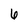
Character: 6